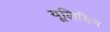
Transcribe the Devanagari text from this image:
यूलियिन